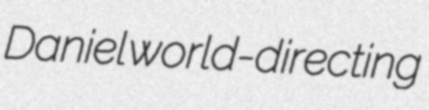
Daniel world-directing